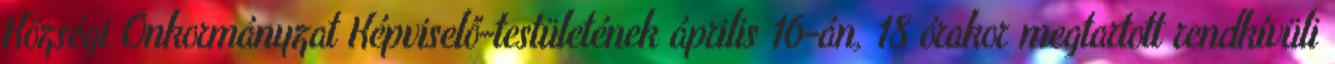
Községi Önkormányzat Képviselő-testületének április 16-án, 18 órakor megtartott rendkívüli